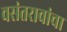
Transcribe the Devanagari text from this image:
वसंतरावांचा